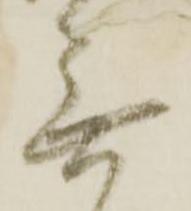
無